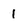
Character: I